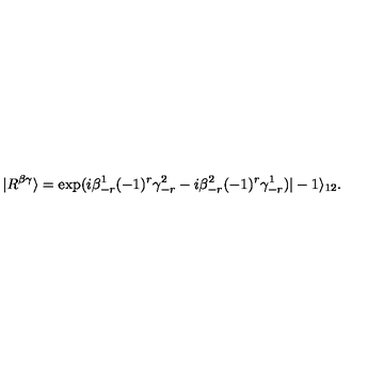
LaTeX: | R ^ { \beta \gamma } \rangle = \exp ( i \beta _ { - r } ^ { 1 } ( - 1 ) ^ { r } \gamma _ { - r } ^ { 2 } - i \beta _ { - r } ^ { 2 } ( - 1 ) ^ { r } \gamma _ { - r } ^ { 1 } ) | - 1 \rangle _ { 1 2 } .